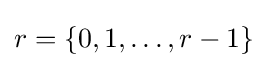
r=\{0,1,\ldots ,r-1\}